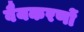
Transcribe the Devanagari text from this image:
वैयकरणों